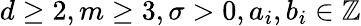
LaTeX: d\geq 2,m\geq 3,\sigma>0,a_{i},b_{i}\in\mathbb{Z}